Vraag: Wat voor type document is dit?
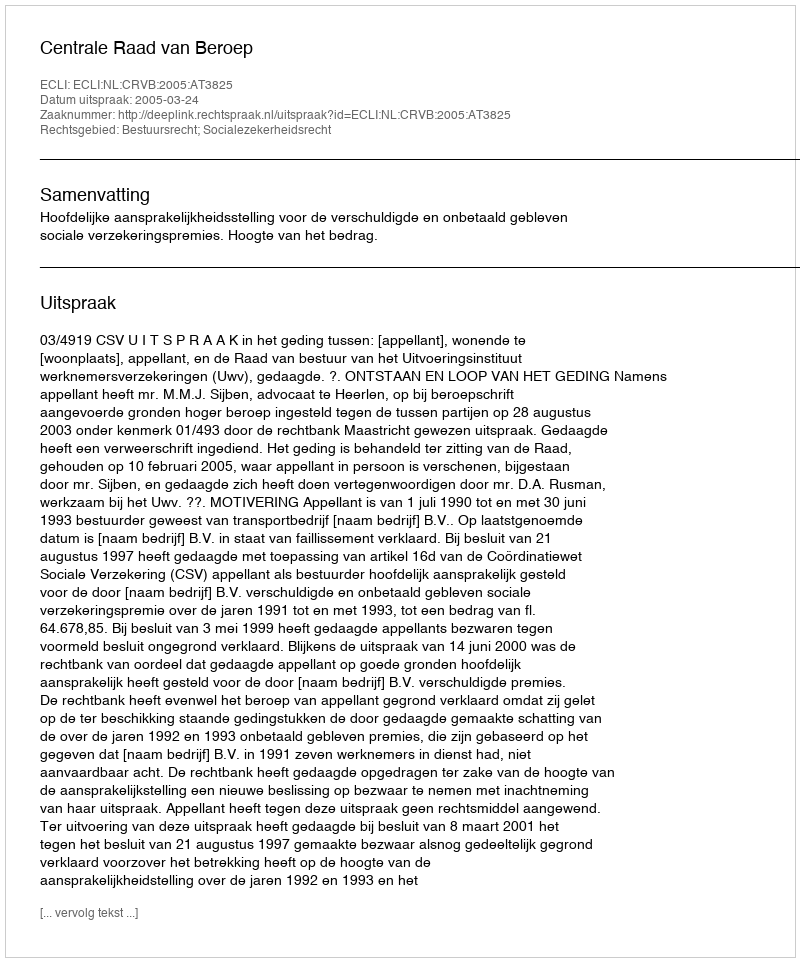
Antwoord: Uitspraak